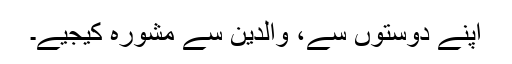
اپنے دوستوں سے، والدین سے مشورہ کیجیے۔